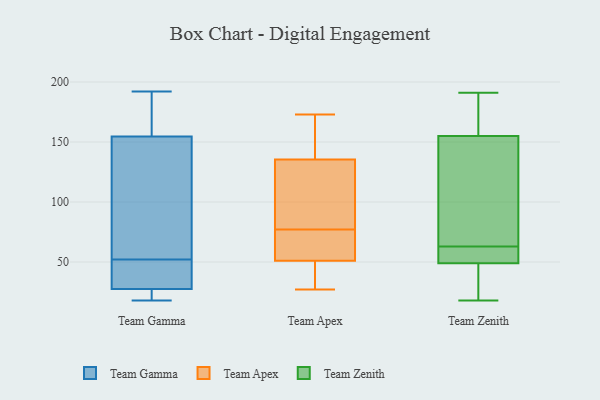
{"axis": {"x": "Latency (ms)", "y": "Value"}, "legend": ["Team Apex", "Team Gamma", "Team Zenith"], "data": [{"x": "", "y": 32, "type": "Team Gamma"}, {"x": "", "y": 178, "type": "Team Gamma"}, {"x": "", "y": 102, "type": "Team Gamma"}, {"x": "", "y": 21, "type": "Team Gamma"}, {"x": "", "y": 41, "type": "Team Gamma"}, {"x": "", "y": 192, "type": "Team Gamma"}, {"x": "", "y": 52, "type": "Team Gamma"}, {"x": "", "y": 26, "type": "Team Gamma"}, {"x": "", "y": 89, "type": "Team Gamma"}, {"x": "", "y": 18, "type": "Team Gamma"}, {"x": "", "y": 172, "type": "Team Gamma"}, {"x": "", "y": 173, "type": "Team Apex"}, {"x": "", "y": 50, "type": "Team Apex"}, {"x": "", "y": 71, "type": "Team Apex"}, {"x": "", "y": 131, "type": "Team Apex"}, {"x": "", "y": 109, "type": "Team Apex"}, {"x": "", "y": 77, "type": "Team Apex"}, {"x": "", "y": 29, "type": "Team Apex"}, {"x": "", "y": 162, "type": "Team Apex"}, {"x": "", "y": 54, "type": "Team Apex"}, {"x": "", "y": 27, "type": "Team Apex"}, {"x": "", "y": 137, "type": "Team Apex"}, {"x": "", "y": 18, "type": "Team Zenith"}, {"x": "", "y": 53, "type": "Team Zenith"}, {"x": "", "y": 43, "type": "Team Zenith"}, {"x": "", "y": 86, "type": "Team Zenith"}, {"x": "", "y": 49, "type": "Team Zenith"}, {"x": "", "y": 73, "type": "Team Zenith"}, {"x": "", "y": 191, "type": "Team Zenith"}, {"x": "", "y": 168, "type": "Team Zenith"}, {"x": "", "y": 155, "type": "Team Zenith"}, {"x": "", "y": 49, "type": "Team Zenith"}]}